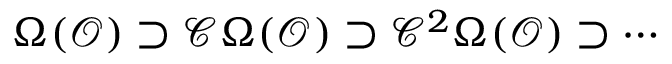
\Omega ( { \mathcal { O } } ) \supset { \mathcal { C } } \Omega ( { \mathcal { O } } ) \supset { \mathcal { C } } ^ { 2 } \Omega ( { \mathcal { O } } ) \supset \cdots